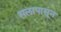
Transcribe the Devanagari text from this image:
सलापासून